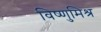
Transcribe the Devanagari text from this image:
विष्णुमिश्र